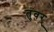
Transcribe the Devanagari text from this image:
तुंवर्